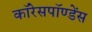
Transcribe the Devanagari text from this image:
कॉरेसपॉण्डेंस